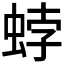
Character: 𧋢